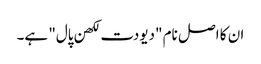
ان کا اصل نام "دیودت لکھن پال" ہے۔